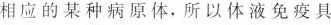
相应的某种病原体，所以体液免疫具